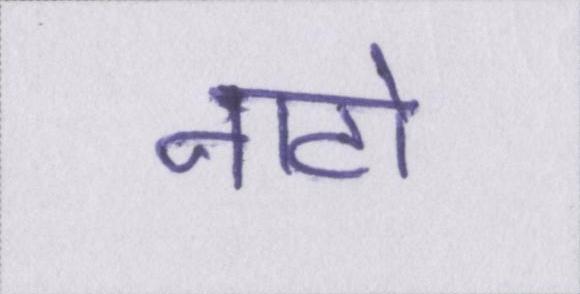
नाटो